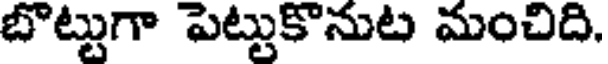
బొట్టుగా పెట్టుకొనుట మంచిది,